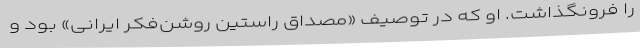
را فرونگذاشت. او که در توصیف «مصداق راستین روشن‌فکر ایرانی» بود و